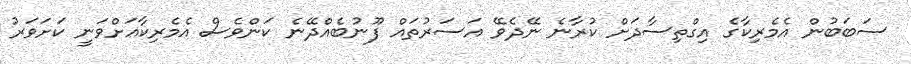
ސަބަބުން އެމެރިކާގެ އިގްތިސާދަށް ކުރާނެ ނޭދެވޭ އަސަރުތައް ފޫނުބެއްދޭނެ ކަންވެސް އެމެރިކާއަށްވަނީ ކަށަވަރު